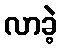
လာခဲ့